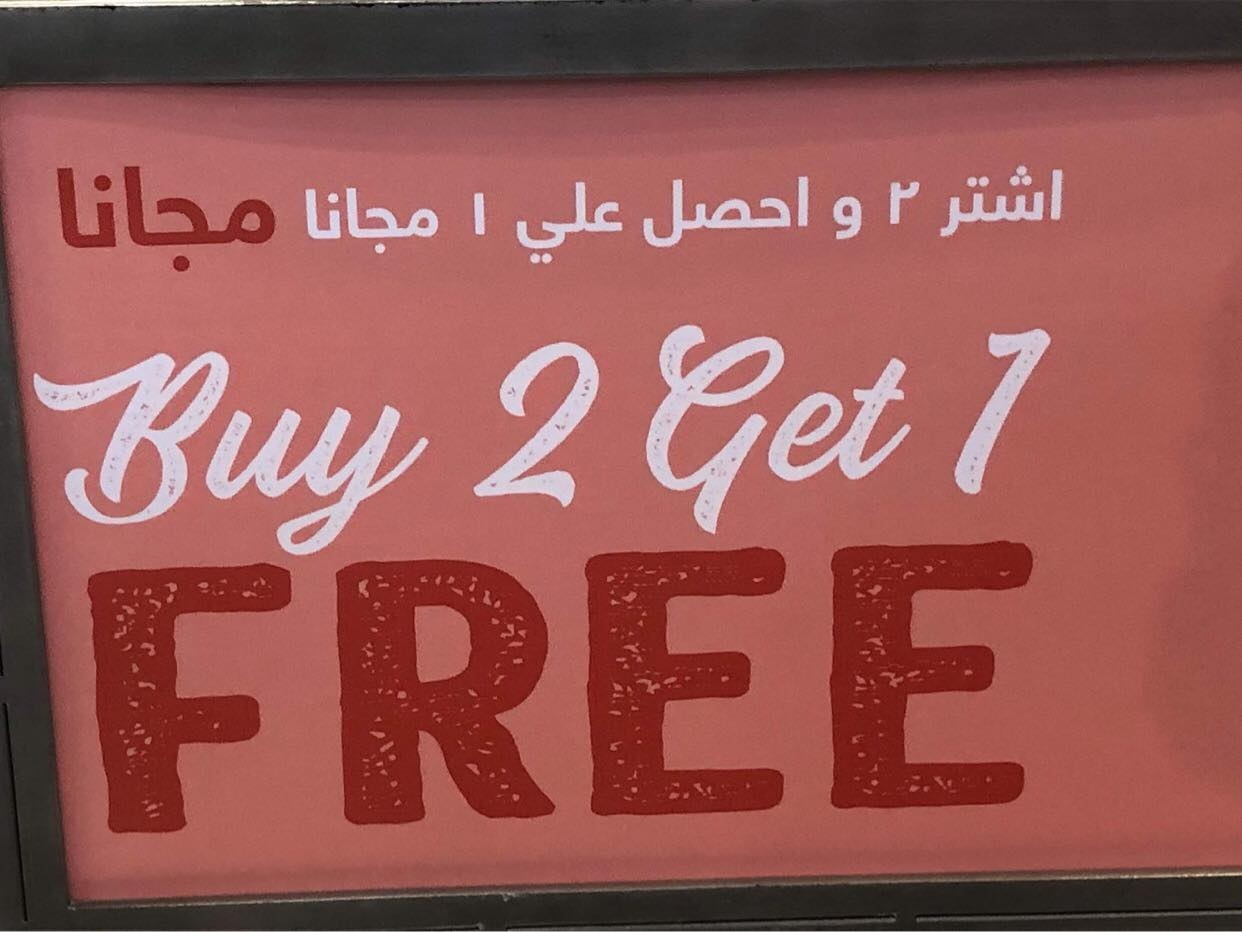
Text in image: 2 اشتر احصل 1 مجانا مجانا علي و Get1 2 Buy FREE